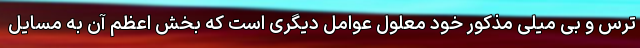
ترس و بی میلی مذکور خود معلول عوامل دیگری است که بخش اعظم آن به مسایل